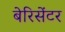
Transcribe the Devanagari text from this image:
बेरिसेंटर